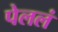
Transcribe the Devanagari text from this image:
पेललं